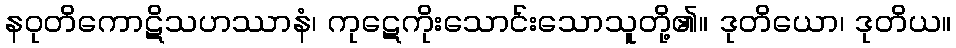
နဝုတိကောဋိသဟဿာနံ၊ ကုဋေကိုးသောင်းသောသူတို့၏။ ဒုတိယော၊ ဒုတိယ။